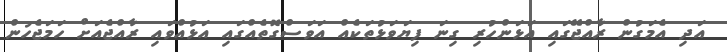
އަދި އެމަގުން ރާއްޖޭގައި އަޅަންހުރި ގިނަ ފިޔަވަޅުތަކެއް އަވަސްގޮތެއްގައި އަޅުއްވައި ރާއްޖެއަށް ހަމަޖެހުން